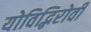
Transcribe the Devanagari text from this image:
योविद्भिरोवी